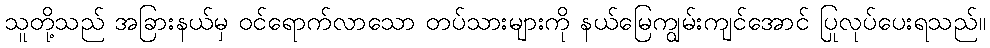
သူတို့သည် အခြားနယ်မှ ဝင်ရောက်လာသော တပ်သားများကို နယ်မြေကျွမ်းကျင်အောင် ပြုလုပ်ပေးရသည်။